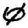
Digit: 0